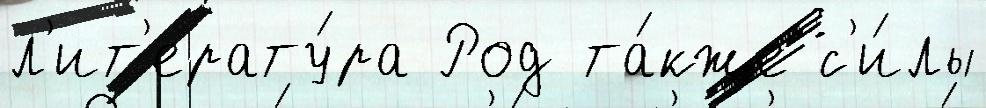
л'ит'ерату́ра Род та́кже с'и́лы